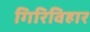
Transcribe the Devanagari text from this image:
गिरिविहार